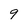
Character: 9